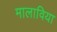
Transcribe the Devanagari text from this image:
मालाविया